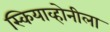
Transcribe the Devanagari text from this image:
स्कियाव्होनीला